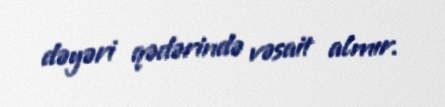
dəyəri qədərində vəsait almır.